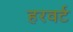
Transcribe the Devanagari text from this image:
हरवर्ट